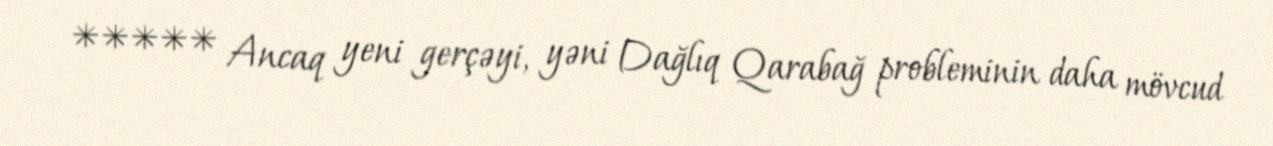
***** Ancaq yeni gerçəyi, yəni Dağlıq Qarabağ probleminin daha mövcud